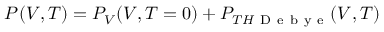
P ( V , T ) = P _ { V } ( V , T = 0 ) + P _ { T H \mathrm { ~ D ~ e ~ b ~ y ~ e ~ } } ( V , T )